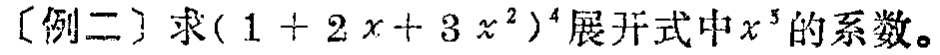
[例二] 求\((1 + 2x + 3x^{2})^{4}\)展开式中\(x^{3}\)的系数。